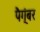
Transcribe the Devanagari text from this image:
पैग्ंबर